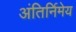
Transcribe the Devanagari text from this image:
अंतिर्निमेय